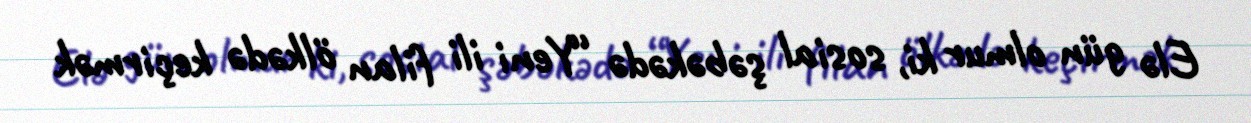
Elə gün olmur ki, sosial şəbəkədə “Yeni ili filan ölkədə keçirmək